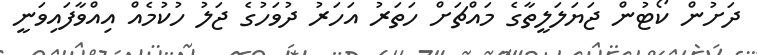
ދަށުން ކޯޓުން ޖަޔަލަލީތާގެ މައްޗަށް ހަތަރު އަހަރު ދުވަހުގެ ޖަލު ހުކުމެއް އިއްވާފައިވަނީ